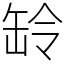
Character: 䍅